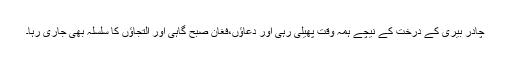
چادر بیری کے درخت کے نیچے ہمہ وقت پھیلی رہی اور دعاؤں،فغان صبح گاہی اور التجاؤں کا سلسلہ بھی جاری رہا۔